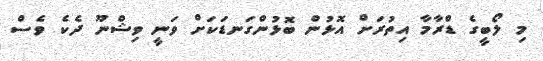
މި ލޯބީގެ ޑްރާމާ އިތުރަށް އޮޅުން ބޮޅުންގަނޑަކަށް ވަނީ ވިޝްނޫ ދެކެ ވެސް